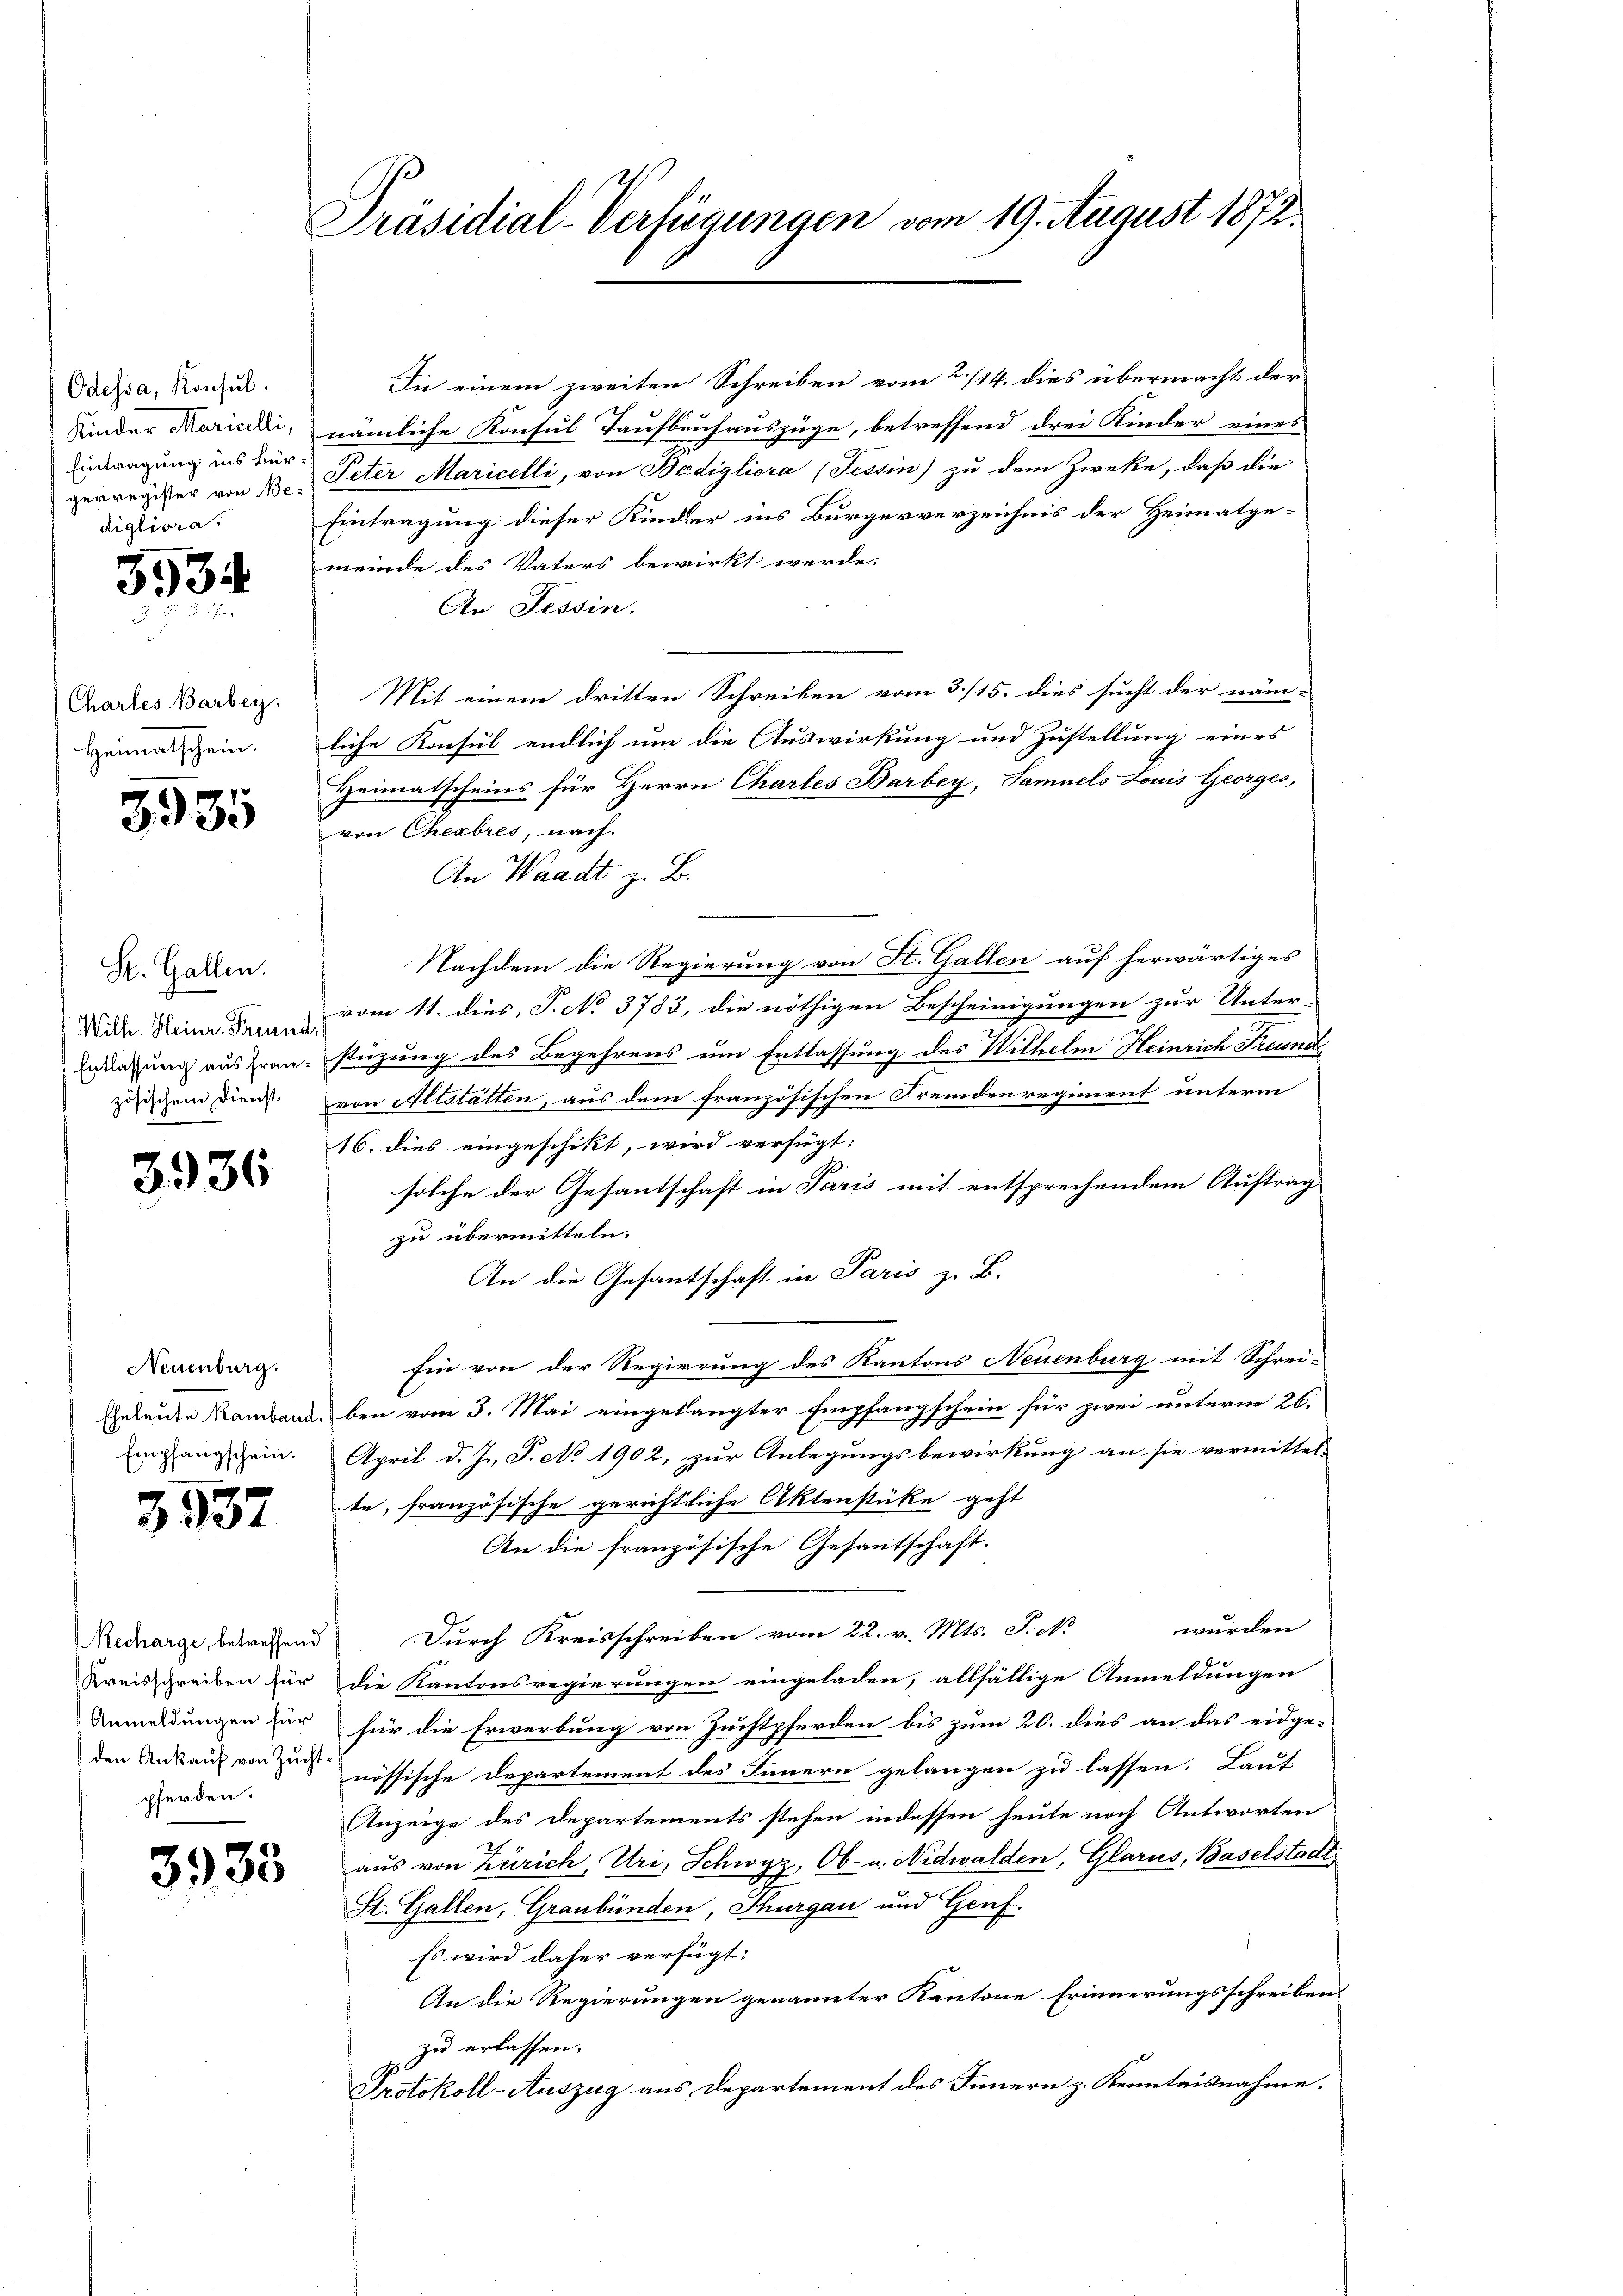
Odessa, Konsul
Kinder Maricelli,
Eintragung ins Bürgerregister von Bedigliora

3534

Chartes Barbey,
Heimatschein.

5935

St. Gallen.
Wilh. Heinr. Freund,
Entlassung aus französischen Dienst.

3936

Neuenburg.
Empfangschein.

3537

Recharge, betreffend
Anmeldungen für
pferden.

3933

Präsidial-Verfügungen vom 19. August 1873.

In einem zweiten Schreiben vom 2./14. dies übermacht der
nämliche Konsul Taufbauhauszüge, betreffend drei Kinder eines
Peter Maricelli, von Bedigliora (Tessin) zu dem Zwecke, daß die
Eintragung dieser Kinder ins Bürgerverzeichnis der Heimatge-
meinde des Vaters bewirkt werde.
An Tessin.
Mit einem dritten Schreiben vom 3./15. dies sucht der näm-
liche Konsul endlich um die Auswirkung und Zustellung eines
Heimatscheins für Herrn Chartes Barbey, Samuels Louis Georges,
von Cheabrés, nach.
An Waadt z. B.
Nachdem die Regierung von St. Gallen auf herwärtiges
vom 11. dies, P. No 3783, die nöthigen Bescheinigungen zur Unter-
stüzung des Begehrens um Entlassung des Wilhelm Heinrich Freund
von Altstätten, aus dem französischen Fremdenregiment unterm
16. dies eingeschikt, wird verfügt:
solche der Gesantschaft in Paris mit entsprechendem Auftrag
zu übermitteln.
An die Gesantschaft in Paris z. B.
fin von der Regierung des Kantons Neuenburg mit Schrei-
Eheleute Kamband, ben vom 3. Mai eingelangter Empfangschein für zwei unterm 26.
April d. J., S. No 1902, zur Anlegungsbewirkung an sie vermittel-
te, französische gerichtliche Aktenstüke geht
An die französische Gesantschaft.
Durch Kreisschreiben vom 22. v. Mts. J. No wurden
Kreisschreiben für die Kantonsregierungen eingeladen, allfällige Anmeldungen
für die Erwerbung von Zuchtpferden bis zum 20. dies an das eidge-
den Ankauf von zu nössische Departement des Innern gelangen zu lassen. Laut
Anzeige des Departements stehen indessen heute noch Antworten
aus von Zürich, Uri, Schwyz, Ob- u. Nidwalden, Glarus, Baselstadt
St. Gallen, Graubünden, Thurgau und Genf.
Es wird daher verfügt:
An die Regierungen genannter Kantone Erinnerungsschreiben
zu erlassen.
Protokoll-Auszug aus Departement des Innern z. Kenntnisnahme.